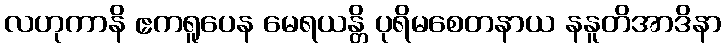
လဟုကာနိ ဧကရူပေန မေရယန္တိ ပုရိမစေတနာယ နနူတိအာဒိနာ